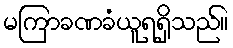
မကြာခဏခံယူရရှိသည်။